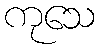
ကုသေ